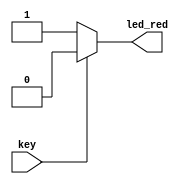
module ex2 (key,led_red );

input key;
output led_red;
assign led_red =(key == 1)?1'b0:1'b1; 

endmodule